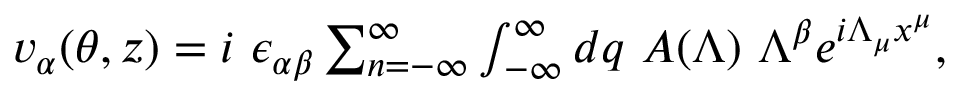
\begin{array} { r } { v _ { \alpha } ( \theta , z ) = i ~ \epsilon _ { \alpha \beta } \sum _ { n = - \infty } ^ { \infty } \int _ { - \infty } ^ { \infty } d q ~ A ( \Lambda ) ~ \Lambda ^ { \beta } e ^ { i \Lambda _ { \mu } x ^ { \mu } } , } \end{array}